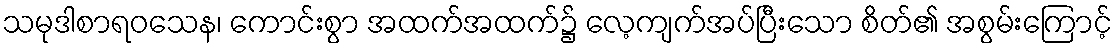
သမုဒါစာရဝသေန၊ ကောင်းစွာ အထက်အထက်၌ လေ့ကျက်အပ်ပြီးသော စိတ်၏ အစွမ်းကြောင့်